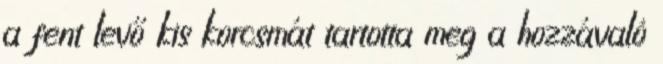
a fent levő kis korcsmát tartotta meg a hozzávaló